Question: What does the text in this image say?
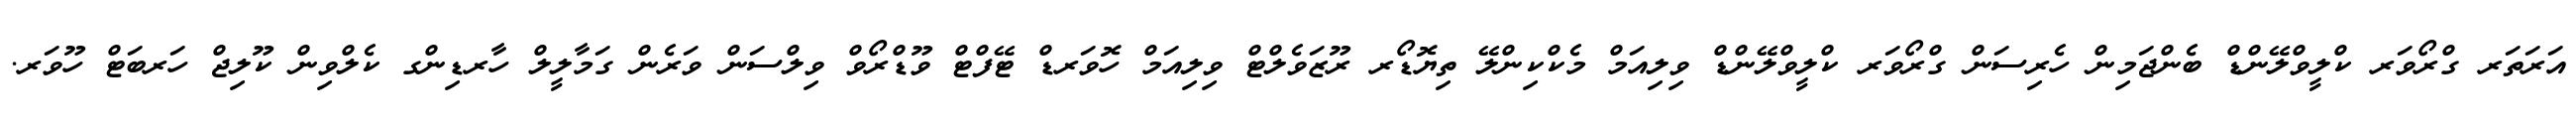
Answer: އަރަތަރ ގްރޯވަރ ކްލީވްލޭންޑް ބެންޖަމިން ހެރިސަން ގްރޯވަރ ކްލީވްލޭންޑް ވިލިއަމް މެކްކިންލޭ ތިޔޮޑޯރ ރޫޒަވެލްޓް ވިލިއަމް ހޮވަރޑް ޓޭފްޓް ވޫޑްރޯވް ވިލްސަން ވަރެން ގަމާލީލް ހާރޑިންގ ކެލްވިން ކޫލިޖް ހަރބަޓް ހޫވަރ.